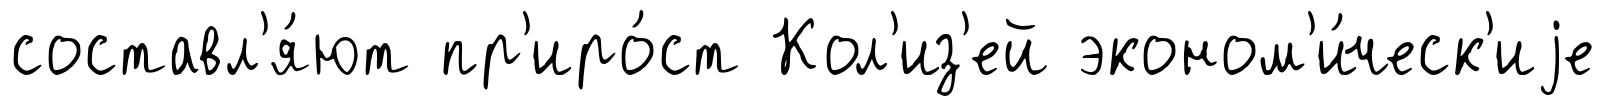
составл'я́ют пр'иро́ст Кол'из'ей эконом'и́ческ'иjе